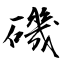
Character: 磯